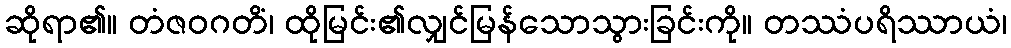
ဆိုရာ၏။ တံဇဝဂတိံ၊ ထိုမြင်း၏လျှင်မြန်သောသွားခြင်းကို။ တဿံပရိဿာယံ၊